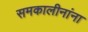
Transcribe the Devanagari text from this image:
समकालीनांना